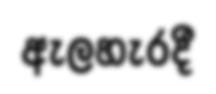
ඇලහැරදී